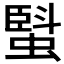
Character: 𧏆